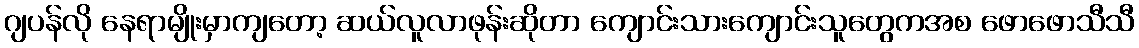
ဂျပန်လို နေရာမျိုးမှာကျတော့ ဆယ်လူလာဖုန်းဆိုတာ ကျောင်းသားကျောင်းသူတွေကအစ ဖောဖောသီသီ